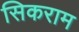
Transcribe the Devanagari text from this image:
सिकराम